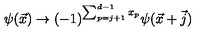
\psi ( \vec { x } ) \rightarrow ( - 1 ) ^ { \sum _ { p = j + 1 } ^ { d - 1 } x _ { p } } \psi ( \vec { x } + \vec { j } )